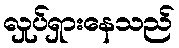
လှုပ်ရှားနေသည်